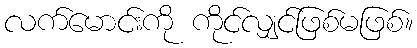
လက်မောင်းကို ကိုင်လျှင်ဖြစ်မဖြစ်။